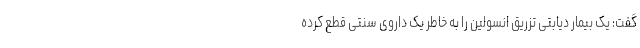
گفت: یک بیمار دیابتی تزریق انسولین را به خاطر یک داروی سنتی قطع کرده